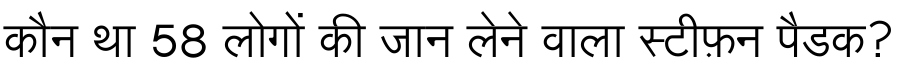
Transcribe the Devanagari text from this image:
कौन था 58 लोगों की जान लेने वाला स्टीफ़न पैडक?